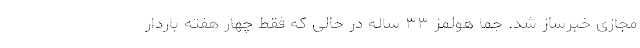
مجازی خبرساز شد. جما هولمز ۳۳ ساله در حالی که فقط چهار هفته باردار